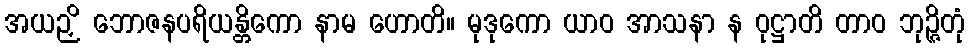
အယဉှိ ဘောဇနပရိယန္တိကော နာမ ဟောတိ။ မုဒုကော ယာဝ အာသနာ န ဝုဋ္ဌာတိ တာဝ ဘုဉ္ဇိတုံ